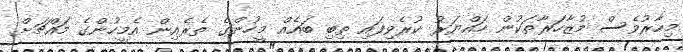
މިހާރުވެސް މުޒާހަރާތަކުން ހައްޔަރު ކުރެވިފައި ތިބި ބައެއް މީހުންގެ ތެރެއިން އެމީހުންގެ މައްޗަށް